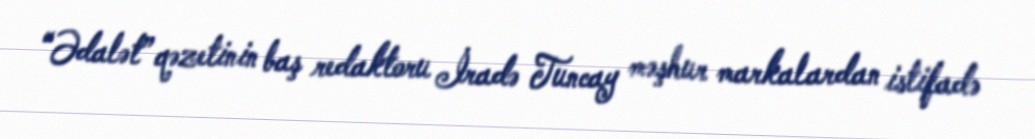
“Ədalət” qəzetinin baş redaktoru İradə Tuncay məşhur markalardan istifadə